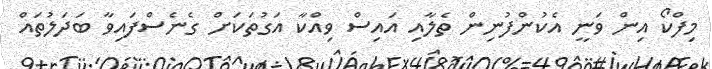
މިފްކޯ އިން ވަނީ އެކުންފުނިން ތެލާއި އައިސް ވިއްކާ އަގުތަކަށް ގެނެސްފައިވާ ބަދަލުތައް